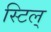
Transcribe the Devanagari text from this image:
स्टिल्